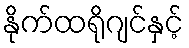
နိုက်ထရိုဂျင်နှင့်